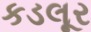
કડલૂર